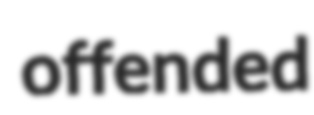
offended